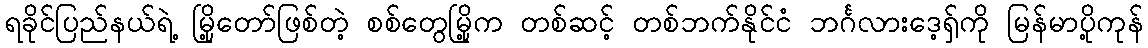
ရခိုင်ပြည်နယ်ရဲ့ မြို့တော်ဖြစ်တဲ့ စစ်တွေမြို့က တစ်ဆင့် တစ်ဘက်နိုင်ငံ ဘင်္ဂလားဒေ့ရှ်ကို မြန်မာပို့ကုန်